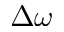
\Delta \omega